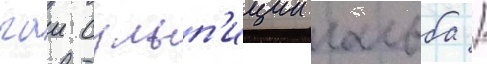
гаи сульп'иции гальба /